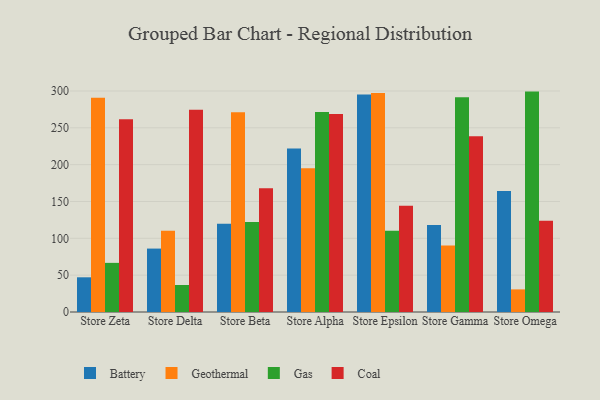
{"axis": {"x": "Store", "y": "Net Income (USD K)"}, "legend": ["Battery", "Coal", "Gas", "Geothermal"], "data": [{"x": "Store Zeta", "y": 47.1, "type": "Battery"}, {"x": "Store Zeta", "y": 290.9, "type": "Geothermal"}, {"x": "Store Zeta", "y": 66.7, "type": "Gas"}, {"x": "Store Zeta", "y": 261.8, "type": "Coal"}, {"x": "Store Delta", "y": 86.1, "type": "Battery"}, {"x": "Store Delta", "y": 110.4, "type": "Geothermal"}, {"x": "Store Delta", "y": 36.7, "type": "Gas"}, {"x": "Store Delta", "y": 274.4, "type": "Coal"}, {"x": "Store Beta", "y": 119.7, "type": "Battery"}, {"x": "Store Beta", "y": 271.2, "type": "Geothermal"}, {"x": "Store Beta", "y": 122.2, "type": "Gas"}, {"x": "Store Beta", "y": 168.0, "type": "Coal"}, {"x": "Store Alpha", "y": 222.0, "type": "Battery"}, {"x": "Store Alpha", "y": 195.3, "type": "Geothermal"}, {"x": "Store Alpha", "y": 271.6, "type": "Gas"}, {"x": "Store Alpha", "y": 268.8, "type": "Coal"}, {"x": "Store Epsilon", "y": 295.1, "type": "Battery"}, {"x": "Store Epsilon", "y": 297.2, "type": "Geothermal"}, {"x": "Store Epsilon", "y": 110.2, "type": "Gas"}, {"x": "Store Epsilon", "y": 144.3, "type": "Coal"}, {"x": "Store Gamma", "y": 118.1, "type": "Battery"}, {"x": "Store Gamma", "y": 90.3, "type": "Geothermal"}, {"x": "Store Gamma", "y": 291.4, "type": "Gas"}, {"x": "Store Gamma", "y": 238.7, "type": "Coal"}, {"x": "Store Omega", "y": 164.1, "type": "Battery"}, {"x": "Store Omega", "y": 30.7, "type": "Geothermal"}, {"x": "Store Omega", "y": 299.2, "type": "Gas"}, {"x": "Store Omega", "y": 123.8, "type": "Coal"}]}